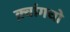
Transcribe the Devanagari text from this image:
क़्वांगचो